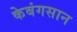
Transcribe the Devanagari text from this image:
केबंगसान